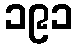
၁၉၁